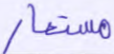
مستعار